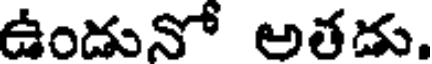
ఉండునో అతదు.